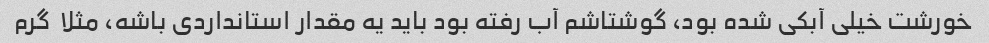
خورشت خیلی آبکی شده بود، گوشتاشم آب رفته بود باید یه مقدار استانداردی باشه، مثلا  گرم